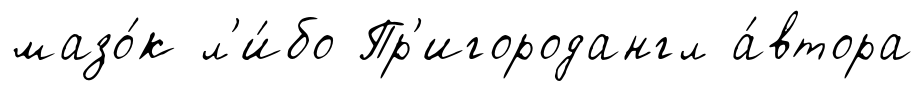
мазо́к л'и́бо Пр'игородангл а́втора